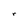
Character: r